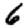
Digit: 6